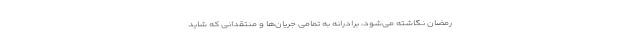
رمضان نگاشته می‌شود، برادرانه به تمامی جریان‌ها و منتقدانی که شاید